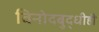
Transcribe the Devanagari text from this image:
विनोदबुद्धीही